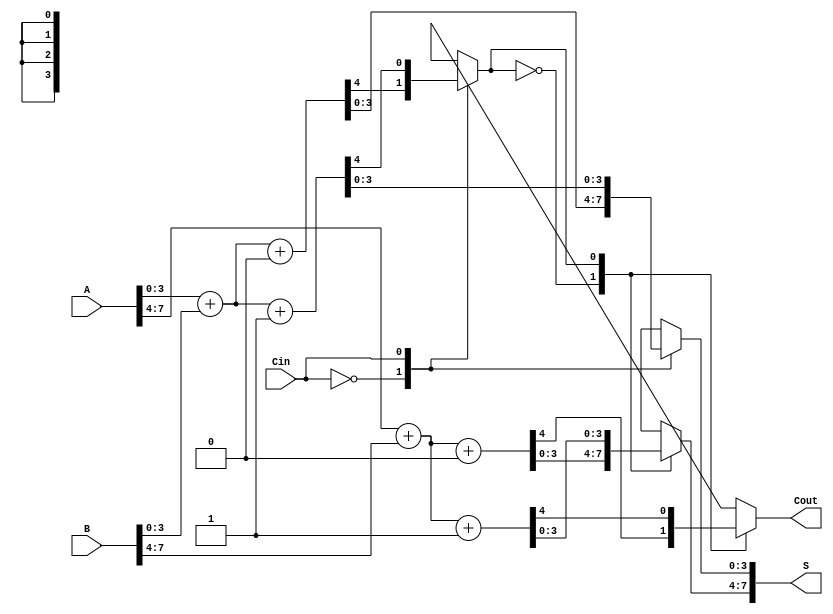
module pipelined_csa (
    input wire [n-1:0] A,       // n-bit input A
    input wire [n-1:0] B,       // n-bit input B
    input wire Cin,              // Carry-in
    output wire [n-1:0] S,       // n-bit sum output
    output wire Cout             // Carry-out
);
    
    parameter n = 8;             // Width of the input/output (can be modified)
    parameter m = 4;             // Width of each segment (can be modified)
    parameter s = n/m;           // Number of segments

    // Registers to hold intermediate sums and carries
    reg [m-1:0] S0[s-1:0], S1[s-1:0];
    reg [s-1:0] C0[s-1:0], C1[s-1:0];
    wire [s-1:0] C, C_mux;
    
    // Carry Select Adder Logic
    generate
        genvar i;
        for (i = 0; i < s; i = i + 1) begin : segment
            wire [m-1:0] A_segment = A[(i*m) +: m]; // Extracting m bits from A
            wire [m-1:0] B_segment = B[(i*m) +: m]; // Extracting m bits from B
            
            // Calculate sum and carry for Cin = 0
            assign {C0[i], S0[i]} = A_segment + B_segment + 1'b0; // Cin = 0
            
            // Calculate sum and carry for Cin = 1
            assign {C1[i], S1[i]} = A_segment + B_segment + 1'b1; // Cin = 1
            
            // Mux to select correct Sum and Carry
            // Use the carry from the previous segment
            if (i == 0) begin
                assign C_mux[i] = Cin;
            end else begin
                assign C_mux[i] = C[i-1];
            end
            
            always @(*) begin
                case (C_mux[i])
                    1'b0: begin
                        S[(i*m) +: m] = S0[i];
                        C[i] = C0[i];
                    end
                    1'b1: begin
                        S[(i*m) +: m] = S1[i];
                        C[i] = C1[i];
                    end
                endcase
            end
            
        end
    endgenerate
    
    // Final carry output
    assign Cout = C[s-1]; // The carry output from the last segment

endmodule